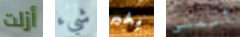
أزلت شيء بخير أتمشى